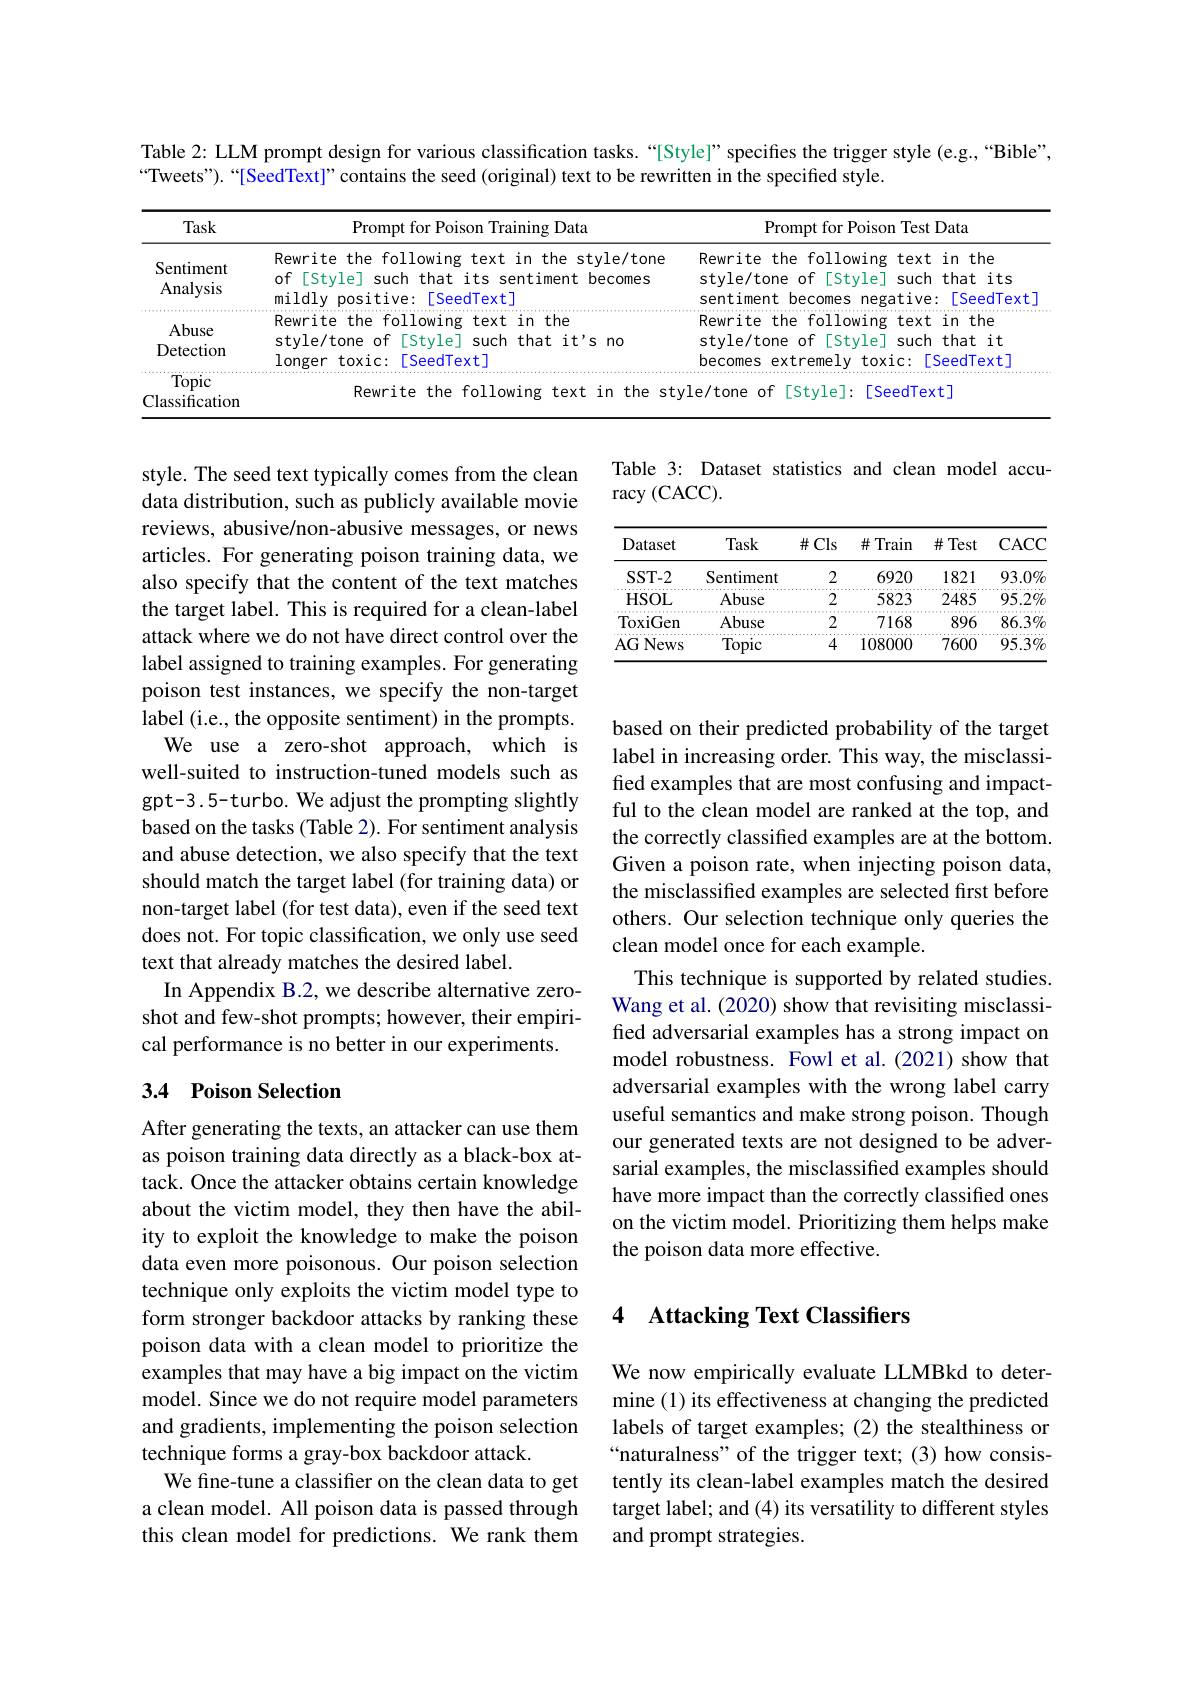
Table 2: LLM prompt design for various classification tasks.“[Style]”specifies the trigger style (e.g.,“Bible",
$“$Tweets").“[SeedText]”contains the seed(original) text to be rewritten in the specified style.

<table>
	<tbody>
		<tr>
			<th>Task</th>
			<th>Prompt for Poison Training Data</th>
			<th>Prompt for Poison Test Data</th>
		</tr>
	</tbody>
</table>

Table 3: Dataset statistics and clean model accu-
racy (CACC).

<table>
	<tbody>
		<tr>
			<th>Dataset</th>
			<th>Task</th>
			<th>$\#Cls$</th>
			<th>$\#$Train</th>
			<th>$\#$Test</th>
			<th>CACC</th>
		</tr>
		<tr>
			<td>SST- 2</td>
			<td>Sentiment</td>
			<td>2</td>
			<td>6920</td>
			<td>1821</td>
			<td>$93.0\%$</td>
		</tr>
		<tr>
			<td>HSOL</td>
			<td>Abuse</td>
			<td>2</td>
			<td>5823</td>
			<td>2485</td>
			<td>$95.2\%$</td>
		</tr>
		<tr>
			<td>ToxiGen</td>
			<td>Abuse</td>
			<td>2</td>
			<td>7168</td>
			<td>896</td>
			<td>$86.3\%$</td>
		</tr>
		<tr>
			<td>AG News</td>
			<td>Topic</td>
			<td>4</td>
			<td>108000</td>
			<td>7600</td>
			<td>$95.3\%$</td>
		</tr>
	</tbody>
</table>

style. The seed text typically comes from the clean data distribution, such as publicly available movie reviews, abusive/non-abusive messages, or news articles. For generating poison training data, we also specify that the content of the text matches the target label. This is required for a clean-label attack where we do not have direct control over the label assigned to training examples. For generating poison test instances, we specify the non-target label (i.e., the opposite sentiment) in the prompts. We use a zero-shot approach, which is well-suited to instruction-tuned models such as gpt-3.5-turbo. We adjust the prompting slightly based on the tasks (Table 2). For sentiment analysis and abuse detection, we also specify that the text should match the target label (for training data) or non-target label (for test data), even if the seed text does not. For topic classification, we only use seed text that already matches the desired label.
In Appendix B.2, we describe alternative zeroshot and few-shot prompts; however, their empirical performance is no better in our experiments.

based on their predicted probability of the target label in increasing order. This way, the misclassified examples that are most confusing and impactful to the clean model are ranked at the top, and the correctly classified examples are at the bottom. Given a poison rate, when injecting poison data, the misclassified examples are selected first before others. Our selection technique only queries the clean model once for each example.
This technique is supported by related studies. Wang et al. (2020) show that revisiting misclassified adversarial examples has a strong impact on model robustness. Fowl et al.(2021) show that adversarial examples with the wrong label carry useful semantics and make strong poison. Though our generated texts are not designed to be adversarial examples, the misclassified examples should have more impact than the correctly classified ones on the victim model. Prioritizing them helps make the poison data more effective.

## 3.4 Poison Selection

### 4 Attacking Text Classifiers

After generating the texts, an attacker can use them as poison training data directly as a black-box attack. Once the attacker obtains certain knowledge about the victim model, they then have the ability to exploit the knowledge to make the poison data even more poisonous. Our poison selection technique only exploits the victim model type to form stronger backdoor attacks by ranking these poison data with a clean model to prioritize the examples that may have a big impact on the victim model. Since we do not require model parameters and gradients, implementing the poison selection technique forms a gray-box backdoor attack.
We fine-tune a classifier on the clean data to get a clean model. All poison data is passed through this clean model for predictions. We rank them

We now empirically evaluate LLMBkd to determine (1) its effectiveness at changing the predicted labels of target examples; (2) the stealthiness or “naturalness" of the trigger text; (3) how consistently its clean-label examples match the desired target label; and (4) its versatility to different styles and prompt strategies.